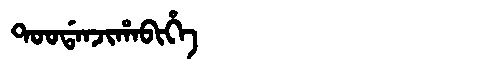
Manchu: ᡨᠣᠣᡩᠠᠨᠵᡳᡥᠠᠪᡳᡥᡝ
Romanization: TOODANJIHABIHE